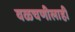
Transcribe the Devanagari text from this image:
वळचणीलाही